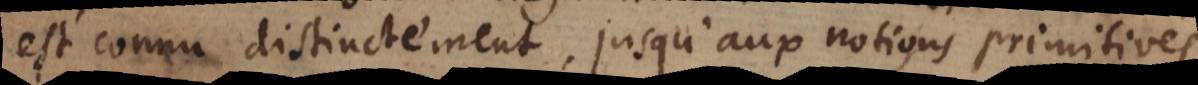
est connu distinctement, jusqu’aux notions primitives,